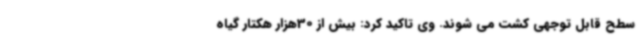
سطح قابل توجهی کشت می شوند. وی تاکید کرد: بیش از 30هزار هکتار گیاه